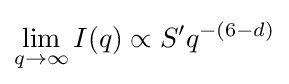
\lim _{q\rightarrow \infty }I(q)\propto S'q^{-(6-d)}